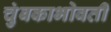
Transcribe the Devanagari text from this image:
चुंबकाभोवती